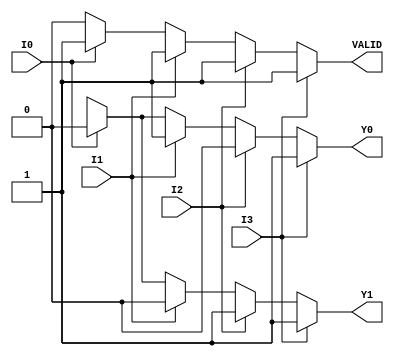
module encoder_4to2 (
    input wire I0,    // Input 0
    input wire I1,    // Input 1
    input wire I2,    // Input 2
    input wire I3,    // Input 3
    output reg Y1,    // Output 1
    output reg Y0,    // Output 0
    output reg VALID   // Valid signal
);

always @(*) begin
    // Default outputs
    Y1 = 1'bx;        // Undefined state
    Y0 = 1'bx;        // Undefined state
    VALID = 1'b0;     // Default invalid

    // Priority encoding logic
    if (I3) begin
        Y1 = 1'b1;
        Y0 = 1'b1;
        VALID = 1'b1;
    end else if (I2) begin
        Y1 = 1'b1;
        Y0 = 1'b0;
        VALID = 1'b1;
    end else if (I1) begin
        Y1 = 1'b0;
        Y0 = 1'b1;
        VALID = 1'b1;
    end else if (I0) begin
        Y1 = 1'b0;
        Y0 = 1'b0;
        VALID = 1'b1;
    end
    // If none of the inputs are active, VALID remains 0
end

endmodule